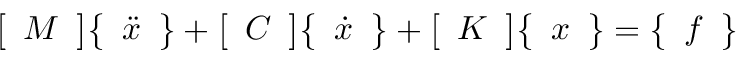
{ \left[ \begin{array} { l } { M } \end{array} \right] } { \left\{ \begin{array} { l } { { \ddot { x } } } \end{array} \right\} } + { \left[ \begin{array} { l } { C } \end{array} \right] } { \left\{ \begin{array} { l } { { \dot { x } } } \end{array} \right\} } + { \left[ \begin{array} { l } { K } \end{array} \right] } { \left\{ \begin{array} { l } { x } \end{array} \right\} } = { \left\{ \begin{array} { l } { f } \end{array} \right\} }